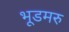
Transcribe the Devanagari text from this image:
भूडमरु